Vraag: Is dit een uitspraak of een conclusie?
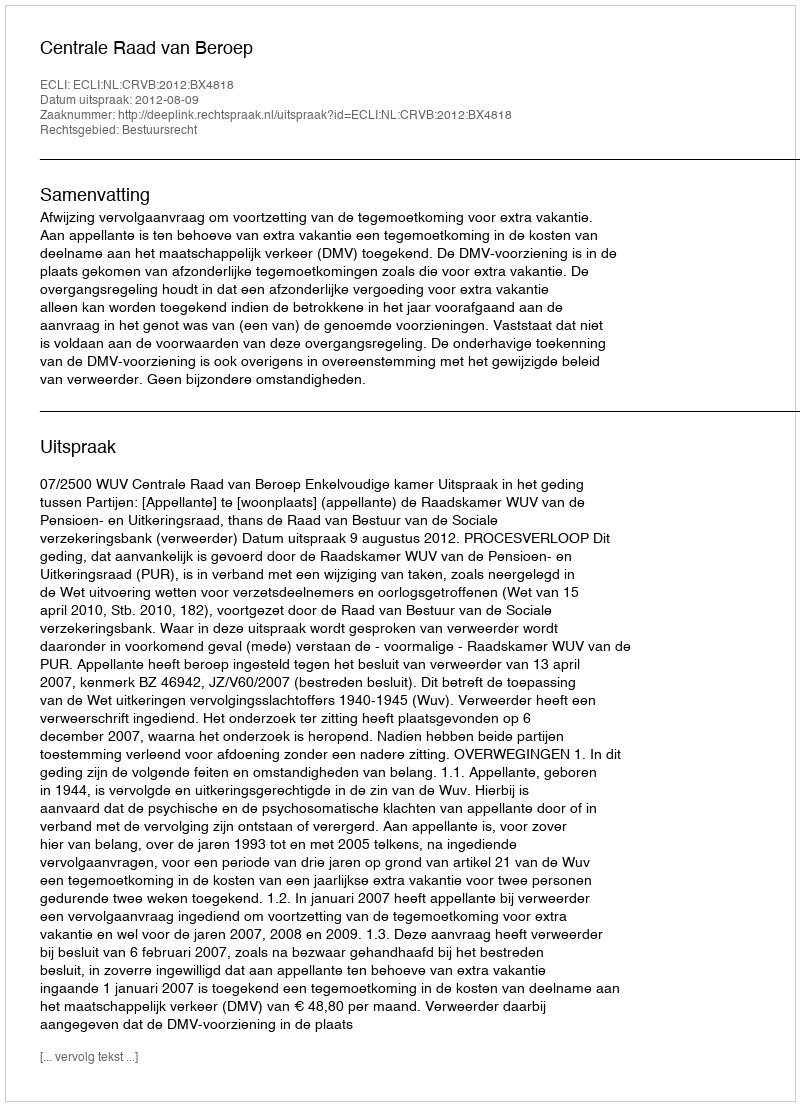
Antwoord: Uitspraak